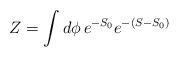
LaTeX: \begin{align*}Z = \int d\phi \, e^{-S_0} e^{-(S - S_0)}\end{align*}